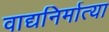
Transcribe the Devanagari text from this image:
वाद्यनिर्मात्या